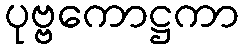
ပုဗ္ဗကောဋ္ဌကာ